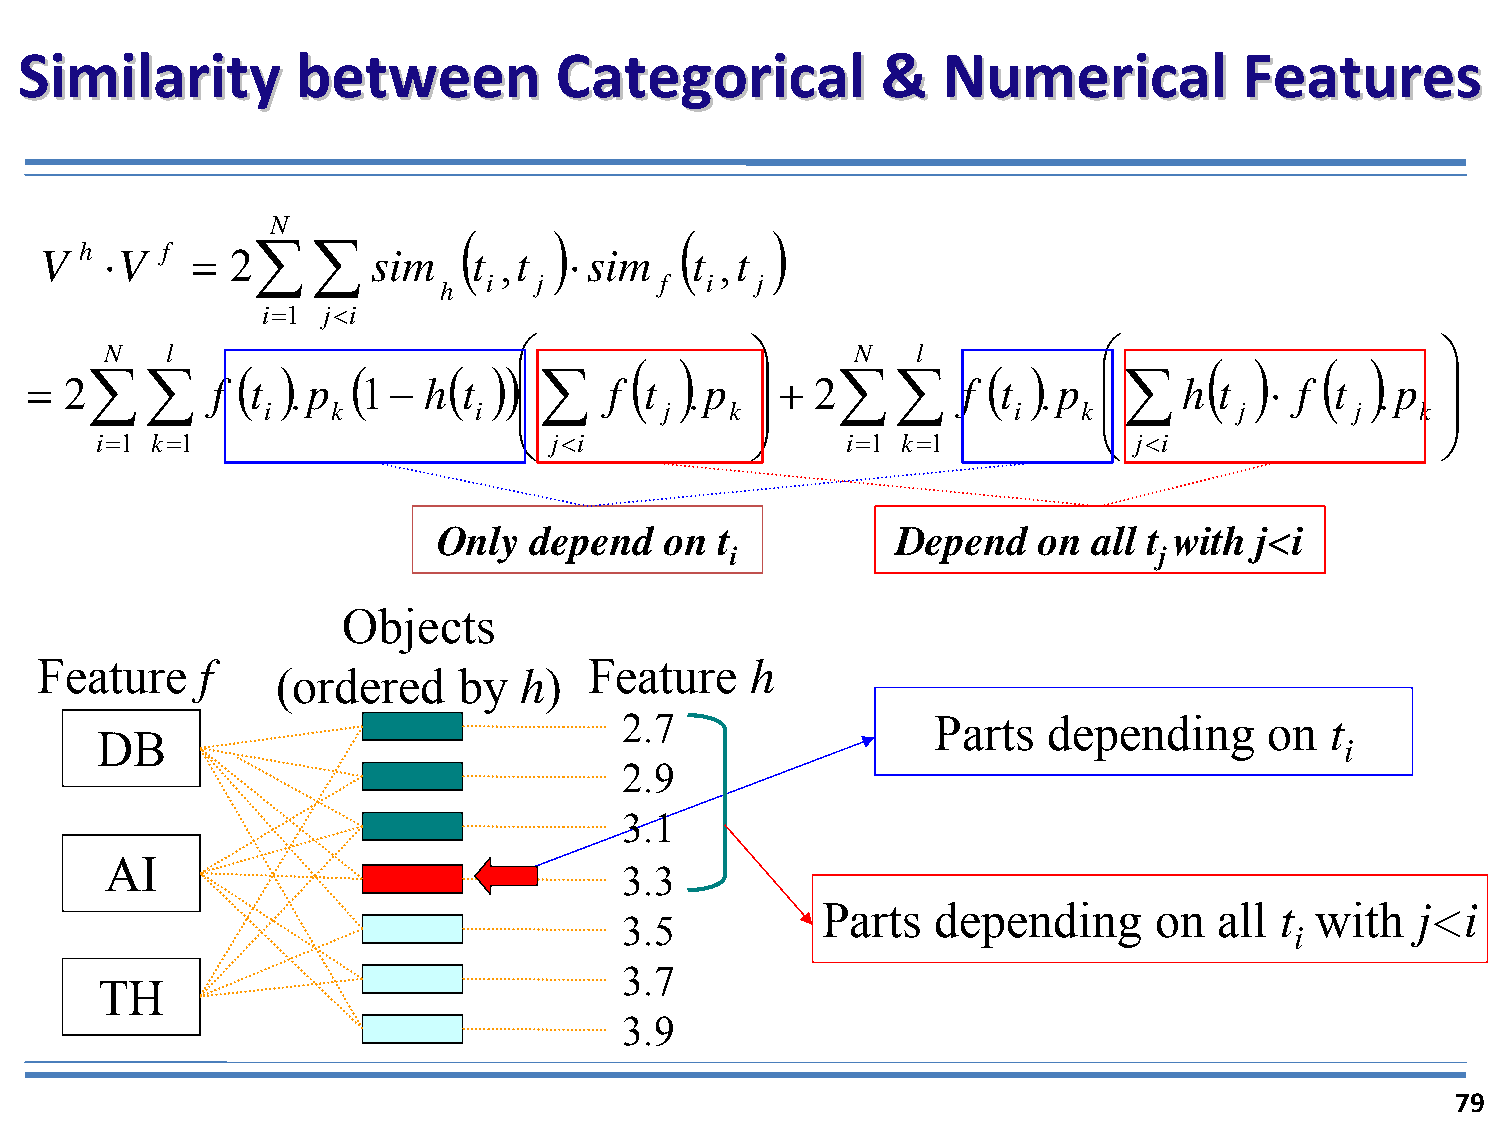
SSiimmiillaarriittyy bbeettwweeeenn CCaatteeggoorriiccaall && NNuummeerriiccaall FFeeaattuurreess
 N
 (      )       (     )
 V h ⋅V  f = 2∑    ∑   sim   t ,t   ⋅ sim   t ,t
 i  j        f  i  j
 h
 i=1 j<i
 N   l                      ⎛               ⎞     N    l           ⎛                      ⎞
 (  )                                  (  )   (   )
 = 2∑    ∑   f ( t ) .p ( 1− h( t )) ⎜∑ f t .p   ⎟ + 2∑   ∑    f ( t ) .p ⎜∑ h  t  ⋅ f t  .p   ⎟
 i    k        i  ⎜         j   k ⎟                i    k ⎜       j       j   k ⎟
 ⎝               ⎠                      ⎝                      ⎠
 i=1 k=1                       j<i                 i=1 k=1            j<i
 Only  depend   on  t          Depend    on all t with j<i
 i                            j
 Objects
 Feature    f                         Feature    h
 (ordered    by  h)
 2.7                  Parts  depending      on  t
 DB
 i
 2.9
 3.1
 AI
 3.3
 Parts   depending     on   all t with   j<i
 3.5
 i
 3.7
 TH
 3.9
 79